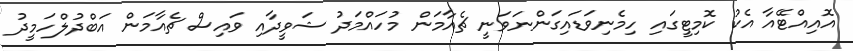
އޮއިއްޓޭއާ އެކު ކޮމިޓީގައި ހިމެނިވަޑައިގަންނަވަނީ ޗެއާމަން މުހައްމަދު ޝަވީދާއި ވައިސް ޗެއާމަން އަބްދުލްހަމީދު